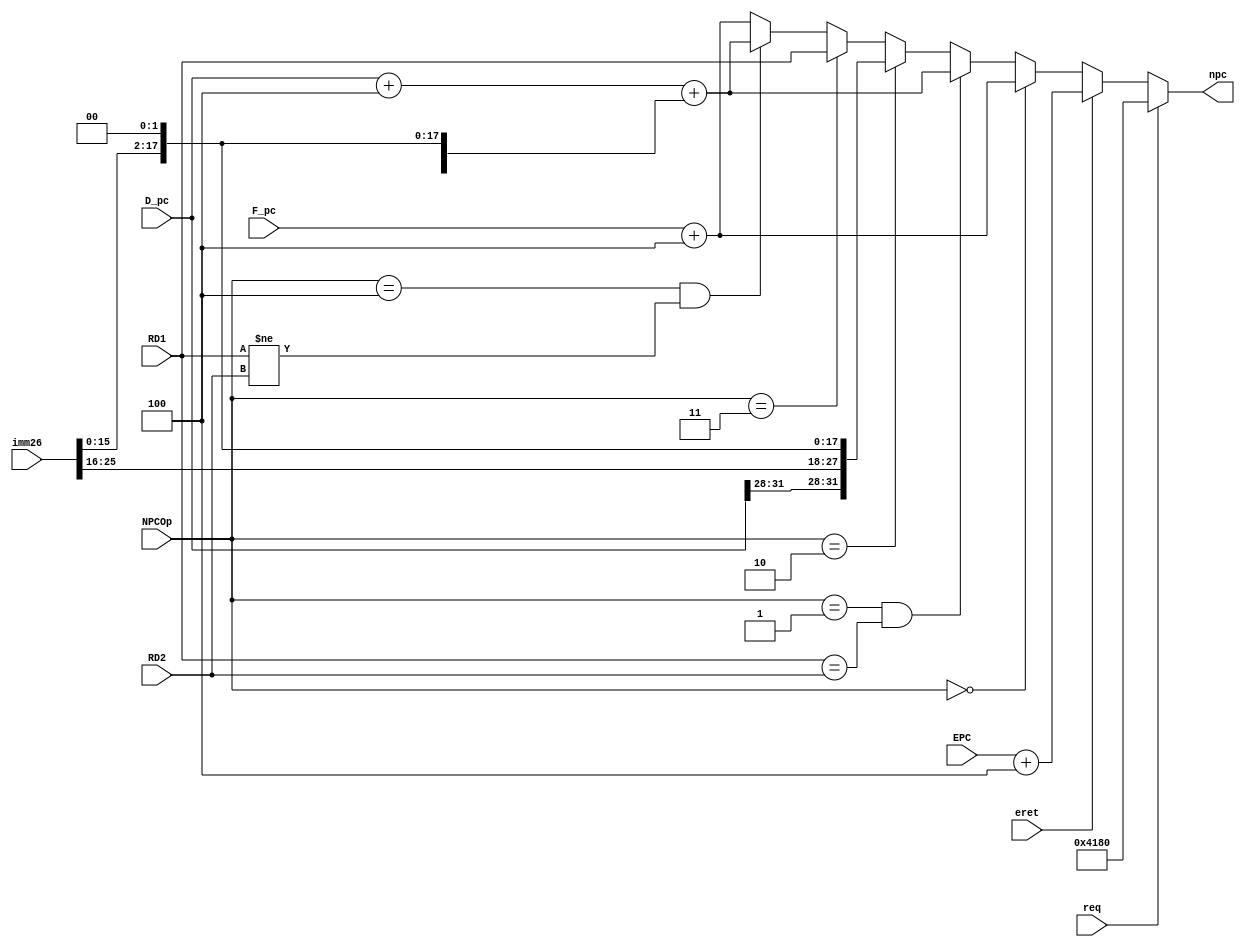
`timescale 1ns / 1ps

module D_NPC(
    input [4:0] NPCOp,
    input [31:0] F_pc,
    input [31:0] D_pc,
    input [25:0] imm26,
    input [31:0] RD1,
    input [31:0] RD2,
    input req,
    input eret,
    input [31:0] EPC,
    output [31:0] npc
    );
    
    assign npc =
        req?
            32'h0000_4180:
        eret?
            EPC + 4:
        (NPCOp==5'd0)? 
            (F_pc+4):    //pc+4
        (NPCOp==5'd1 && RD1==RD2)? 
            (D_pc+4+{{14{imm26[15]}}, imm26[15:0], 2'b00}): //beq
        (NPCOp==5'd2)? 
            {D_pc[31:28], imm26, 2'b00}:                    //jal
        (NPCOp==5'd3)? 
            RD1:         //jr
        (NPCOp==5'd4 && RD1!=RD2)?
            (D_pc+4+{{14{imm26[15]}}, imm26[15:0], 2'b00}): //bne
        F_pc+4;                     // pc+4

endmodule